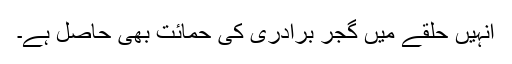
انہیں حلقے میں گجر برادری کی حمائت بھی حاصل ہے۔